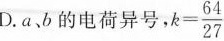
D. a 、b 的电荷异号，$$k = \frac{ 6 4 }{ 2 7 }$$